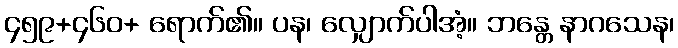
၄၅၉+၄၆၀+ ရောက်၏။ ပန၊ လျှောက်ပါအံ့။ ဘန္တေ နာဂသေန၊